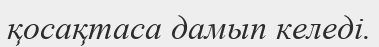
қосақтаса дамып келеді.